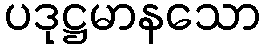
ပဒုဋ္ဌမာနသော